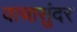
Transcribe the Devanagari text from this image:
वाचासुंदर